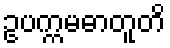
ဥပက္ကမဓာတူတိ